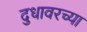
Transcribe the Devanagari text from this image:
दुधावरच्या